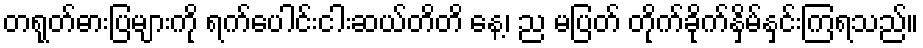
တရုတ်ဓားပြများကို ရက်ပေါင်းငါးဆယ်တိတိ နေ့၊ ည မပြတ် တိုက်ခိုက်နှိမ်နှင်းကြရသည်။